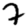
Digit: 7